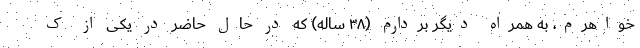
خواهرم، به همراه دیگر بردارم (۳۸ ساله) که در حال حاضر در یکی از ک